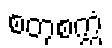
စတုစက္ကံ